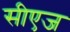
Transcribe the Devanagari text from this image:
सीएज